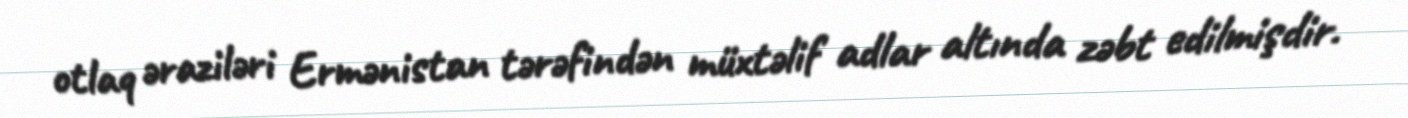
otlaq əraziləri Ermənistan tərəfindən müxtəlif adlar altında zəbt edilmişdir.